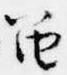
笛